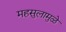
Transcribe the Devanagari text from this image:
महसुलामुळे